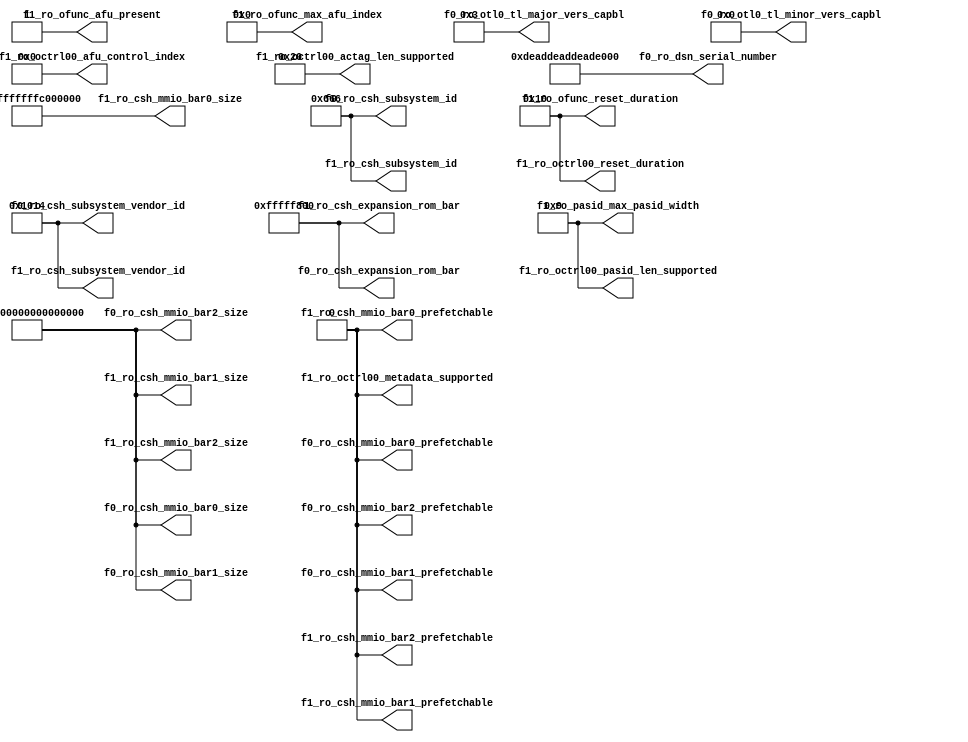
module cfg_tieoffs (

    // -------------------------------------------
    // cfg_func0 ports
    // -------------------------------------------       
           // Static
           // ------------------------------------                 
    output [63:0] f0_ro_csh_mmio_bar0_size
  , output [63:0] f0_ro_csh_mmio_bar1_size
  , output [63:0] f0_ro_csh_mmio_bar2_size
  , output        f0_ro_csh_mmio_bar0_prefetchable
  , output        f0_ro_csh_mmio_bar1_prefetchable
  , output        f0_ro_csh_mmio_bar2_prefetchable
  , output [31:0] f0_ro_csh_expansion_rom_bar
  , output  [7:0] f0_ro_otl0_tl_major_vers_capbl
  , output  [7:0] f0_ro_otl0_tl_minor_vers_capbl
           // Card Specific
           // ------------------------------------         
  , output [15:0] f0_ro_csh_subsystem_id
  , output [15:0] f0_ro_csh_subsystem_vendor_id
  , output [63:0] f0_ro_dsn_serial_number

    // -------------------------------------------
    // cfg_func1 ports
    // -------------------------------------------
           // Static
           // ------------------------------------- 
  , output [31:0] f1_ro_csh_expansion_rom_bar                    
           // Card Specific
           // -------------------------------------
  , output [15:0] f1_ro_csh_subsystem_id
  , output [15:0] f1_ro_csh_subsystem_vendor_id 
           // AFU Specific
           // ------------------------------------
  , output [63:0] f1_ro_csh_mmio_bar0_size
  , output [63:0] f1_ro_csh_mmio_bar1_size
  , output [63:0] f1_ro_csh_mmio_bar2_size
  , output        f1_ro_csh_mmio_bar0_prefetchable
  , output        f1_ro_csh_mmio_bar1_prefetchable
  , output        f1_ro_csh_mmio_bar2_prefetchable
  , output  [4:0] f1_ro_pasid_max_pasid_width
  , output  [7:0] f1_ro_ofunc_reset_duration
  , output        f1_ro_ofunc_afu_present
  , output  [4:0] f1_ro_ofunc_max_afu_index
  , output  [7:0] f1_ro_octrl00_reset_duration
  , output  [5:0] f1_ro_octrl00_afu_control_index
  , output  [4:0] f1_ro_octrl00_pasid_len_supported
  , output        f1_ro_octrl00_metadata_supported
  , output [11:0] f1_ro_octrl00_actag_len_supported



);

// -------------------------------------------
// cfg_func0 ports
// ------------------------------------------- 
      // Static                               
      // -------------------------------------          
      assign f0_ro_csh_mmio_bar0_size             =   64'hFFFF_FFFF_FFFF_FFFF;      
      assign f0_ro_csh_mmio_bar1_size             =   64'hFFFF_FFFF_FFFF_FFFF;  
      assign f0_ro_csh_mmio_bar2_size             =   64'hFFFF_FFFF_FFFF_FFFF;  
      assign f0_ro_csh_mmio_bar0_prefetchable     =                      1'b0;
      assign f0_ro_csh_mmio_bar1_prefetchable     =                      1'b0;
      assign f0_ro_csh_mmio_bar2_prefetchable     =                      1'b0;
      assign f0_ro_csh_expansion_rom_bar          =             32'hFFFF_F800;
      assign f0_ro_otl0_tl_major_vers_capbl       =                     8'h03;
      assign f0_ro_otl0_tl_minor_vers_capbl       =                     8'h00;
      // Card Specific                        
      // -------------------------------------
      assign f0_ro_csh_subsystem_id               =                  16'h0666;
      assign f0_ro_csh_subsystem_vendor_id        =                  16'h1014;
      assign f0_ro_dsn_serial_number              =   64'hDEAD_DEAD_DEAD_DEAD;
                                        
// ------------------------------------------- 
// cfg_func1 ports                             
// ------------------------------------------- 
      // Static                               
      // -------------------------------------
      assign f1_ro_csh_expansion_rom_bar          =              32'hFFFF_F800;     
      // Card Specific                        
      // -------------------------------------
      assign f1_ro_csh_subsystem_id               =                   16'h0666;
      assign f1_ro_csh_subsystem_vendor_id        =                   16'h1014;
      // AFU Specific                         
      // ------------------------------------- 
      
`ifdef MCP
      assign f1_ro_csh_mmio_bar0_size             =    64'hFFFF_FFFF_FC00_0000;
      assign f1_ro_csh_mmio_bar1_size             =    64'hFFFF_FFFF_FFFF_FFFF;
      assign f1_ro_csh_mmio_bar2_size             =    64'hFFFF_FFFF_FFFF_FFFF;
      assign f1_ro_csh_mmio_bar0_prefetchable     =                       1'b0;
      assign f1_ro_csh_mmio_bar1_prefetchable     =                       1'b0;
      assign f1_ro_csh_mmio_bar2_prefetchable     =                       1'b0;
      assign f1_ro_pasid_max_pasid_width          =                   5'b01001;
      assign f1_ro_ofunc_reset_duration           =                      8'h10;
      assign f1_ro_ofunc_afu_present              =                       1'b1;
      assign f1_ro_ofunc_max_afu_index            =                 6'b00_0000;
      assign f1_ro_octrl00_reset_duration         =                      8'h10;
      assign f1_ro_octrl00_afu_control_index      =                  6'b000000;
      assign f1_ro_octrl00_pasid_len_supported    =                   5'b01001;
      assign f1_ro_octrl00_metadata_supported     =                       1'b0;
      assign f1_ro_octrl00_actag_len_supported    =                    12'h020;

`elsif LPC
      assign f1_ro_csh_mmio_bar0_size             =    64'hFFFF_FFFF_FFF0_0000;
      assign f1_ro_csh_mmio_bar1_size             =    64'hFFFF_FFFF_FFFF_FFFF;
      assign f1_ro_csh_mmio_bar2_size             =    64'hFFFF_FFFF_FFFF_FFFF;
      assign f1_ro_csh_mmio_bar0_prefetchable     =                       1'b0;
      assign f1_ro_csh_mmio_bar1_prefetchable     =                       1'b0;
      assign f1_ro_csh_mmio_bar2_prefetchable     =                       1'b0;
      assign f1_ro_pasid_max_pasid_width          =                   5'b00001;
      assign f1_ro_ofunc_reset_duration           =                      8'h10;
      assign f1_ro_ofunc_afu_present              =                       1'b1;
      assign f1_ro_ofunc_max_afu_index            =                 6'b00_0000;
      assign f1_ro_octrl00_reset_duration         =                      8'h10;
      assign f1_ro_octrl00_afu_control_index      =                  6'b000000;
      assign f1_ro_octrl00_pasid_len_supported    =                   5'b00000;
      assign f1_ro_octrl00_metadata_supported     =                       1'b0;
      assign f1_ro_octrl00_actag_len_supported    =                    12'h001;

`elsif FRAMEWORK
      assign f1_ro_csh_mmio_bar0_size             =    64'hFFFF_FFFF_0000_0000;
      assign f1_ro_csh_mmio_bar1_size             =    64'hFFFF_FFFF_FFFF_FFFF;
      assign f1_ro_csh_mmio_bar2_size             =    64'hFFFF_FFFF_FFFF_FFFF;
      assign f1_ro_csh_mmio_bar0_prefetchable     =                       1'b0;
      assign f1_ro_csh_mmio_bar1_prefetchable     =                       1'b0;
      assign f1_ro_csh_mmio_bar2_prefetchable     =                       1'b0;
      assign f1_ro_pasid_max_pasid_width          =                   5'b01001;
      assign f1_ro_ofunc_reset_duration           =                      8'h10;
      assign f1_ro_ofunc_afu_present              =                       1'b1;
      assign f1_ro_ofunc_max_afu_index            =                 6'b00_0000;
      assign f1_ro_octrl00_reset_duration         =                      8'h10;
      assign f1_ro_octrl00_afu_control_index      =                  6'b000000;
      assign f1_ro_octrl00_pasid_len_supported    =                   5'b01001;
      assign f1_ro_octrl00_metadata_supported     =                       1'b0;
      assign f1_ro_octrl00_actag_len_supported    =                    12'h020;

`else
      assign f1_ro_csh_mmio_bar0_size             =    64'hFFFF_FFFF_FC00_0000;
      assign f1_ro_csh_mmio_bar1_size             =    64'hFFFF_FFFF_FFFF_FFFF;
      assign f1_ro_csh_mmio_bar2_size             =    64'hFFFF_FFFF_FFFF_FFFF;
      assign f1_ro_csh_mmio_bar0_prefetchable     =                       1'b0;
      assign f1_ro_csh_mmio_bar1_prefetchable     =                       1'b0;
      assign f1_ro_csh_mmio_bar2_prefetchable     =                       1'b0;
      assign f1_ro_pasid_max_pasid_width          =                   5'b01001;
      assign f1_ro_ofunc_reset_duration           =                      8'h10;
      assign f1_ro_ofunc_afu_present              =                       1'b1;
      assign f1_ro_ofunc_max_afu_index            =                 6'b00_0000;
      assign f1_ro_octrl00_reset_duration         =                      8'h10;
      assign f1_ro_octrl00_afu_control_index      =                  6'b000000;
      assign f1_ro_octrl00_pasid_len_supported    =                   5'b01001;
      assign f1_ro_octrl00_metadata_supported     =                       1'b0;
      assign f1_ro_octrl00_actag_len_supported    =                    12'h020;
`endif



endmodule // cfg_tieoffs